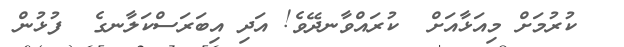
ކުރުމަށް މިއަޅާއަށް  ކުރައްވާނދޭވެ! އަދި އިބަރަސްކަލާނގެ  ފުޅުން